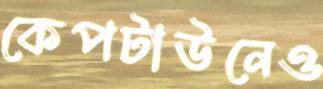
কেপটাউনেও